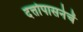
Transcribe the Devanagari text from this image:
दत्तोपासनेचें